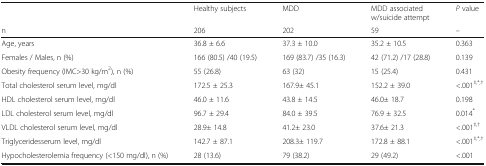
|  | Healthy subjects | MDD | MDD associated w/suicide attempt | P value |
 | n | 206 | 202 | 59 | -- |
 | --- | --- | --- | --- | --- |
 | Age, years | 36.8 ± 6.6 | 37.3 ± 10.0 | 35.2 ± 10.5 | 0.363 |
 | Females / Males, n (%) | 166 (80.5) /40 (19.5) | 169 (83.7) /35 (16.3) | 42 (71.2) /17 (28.8) | 0.139 |
 | Obesity frequency (IMC>30 kg/m2), n (%) | 55 (26.8) | 63 (32) | 15 (25.4) | 0.431 |
 | Total cholesterol serum level, mg/dl | 172.5 ± 25.3 | 167.9± 45.1 | 152.2 ± 39.0 | <.001‡,*,† |
 | HDL cholesterol serum level, mg/dl | 46.0 ± 11.6 | 43.8 ± 14.5 | 46.0± 18.7 | 0.198 |
 | LDL cholesterol serum level, mg/dl | 96.7 ± 29.4 | 84.0 ± 39.5 | 76.9 ± 32.5 | 0.014* |
 | VLDL cholesterol serum level, mg/dl | 28.9± 14.8 | 41.2± 23.0 | 37.6± 21.3 | <.001‡,† |
 | Triglyceridesserum level, mg/dl | 142.7 ± 87.1 | 208.3± 119.7 | 172.8 ± 88.1 | <.001‡,*,† |
 | Hypocholesterolemia frequency (<150 mg/dl), n (%) | 28 (13.6) | 79 (38.2) | 29 (49.2) | <.001 |